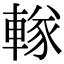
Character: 𨍨